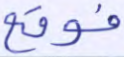
فوقع